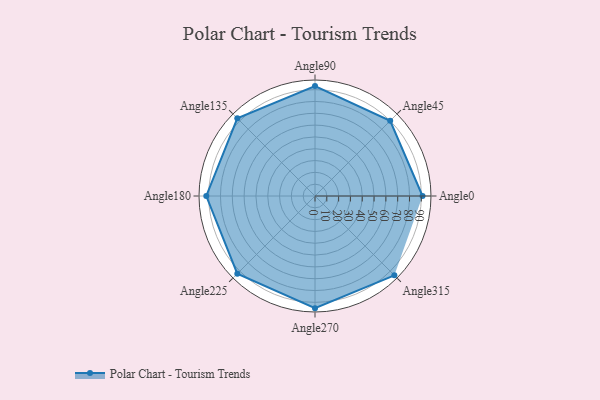
{"axis": {"x": "Angle", "y": "Radius"}, "legend": [""], "data": [{"x": "Angle0", "y": 91.0, "type": ""}, {"x": "Angle45", "y": 90.0, "type": ""}, {"x": "Angle90", "y": 93.0, "type": ""}, {"x": "Angle135", "y": 93.0, "type": ""}, {"x": "Angle180", "y": 92.0, "type": ""}, {"x": "Angle225", "y": 93.0, "type": ""}, {"x": "Angle270", "y": 95.0, "type": ""}, {"x": "Angle315", "y": 95.0, "type": ""}]}